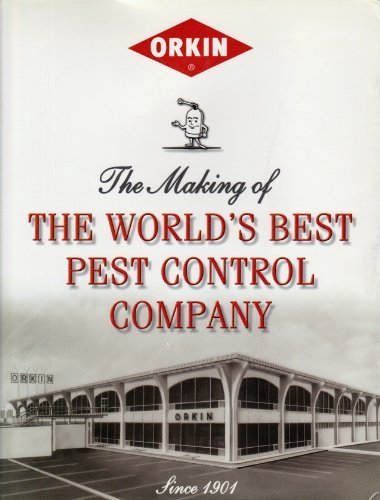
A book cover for Orkin: The Making of the World's Best Pest Control Company; Margaret O. Kirk; Crafts, Hobbies & Home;